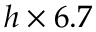
h \times 6 . 7